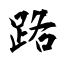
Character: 路